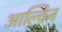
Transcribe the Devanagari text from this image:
आल्विन